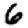
Digit: 6